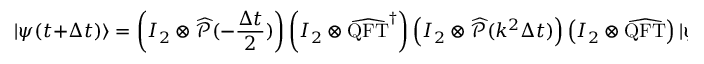
| \psi ( t + \Delta t ) \rangle = \left( I _ { 2 } \otimes \widehat { \mathcal { P } } ( - \frac { \Delta t } { 2 } ) \right) \left( I _ { 2 } \otimes \widehat { \mathrm { Q F T } } ^ { \dag } \right) \left( I _ { 2 } \otimes \widehat { \mathcal { P } } ( k ^ { 2 } \Delta t ) \right) \left( I _ { 2 } \otimes \widehat { \mathrm { Q F T } } \right) | \psi ( t ) \rangle .